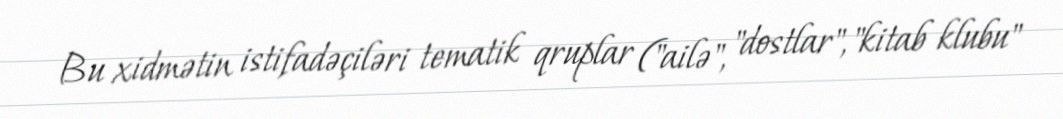
Bu xidmətin istifadəçiləri tematik qruplar ("ailə", "dostlar", "kitab klubu"